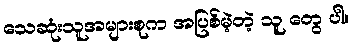
သေဆုံးသူအများစုက အပြစ်မဲ့တဲ့ သူ တွေ ပါ။